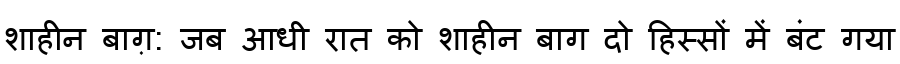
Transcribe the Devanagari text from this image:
शाहीन बाग़: जब आधी रात को शाहीन बाग दो हिस्सों में बंट गया